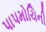
પાપમોચિની